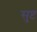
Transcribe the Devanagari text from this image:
सुष्ट